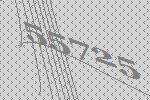
55725